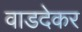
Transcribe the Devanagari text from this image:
वाडदेकर